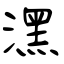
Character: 潶